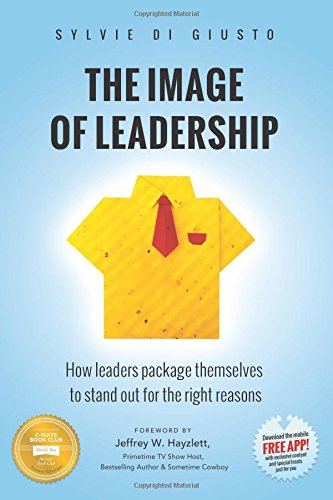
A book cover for The Image of Leadership: How leaders package themselves to stand out for the right reasons; Sylvie di Giusto; Business & Money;